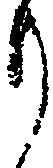
り